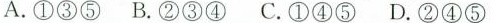
A.①③⑤ B.②③ C.①④⑤ D.②④⑤